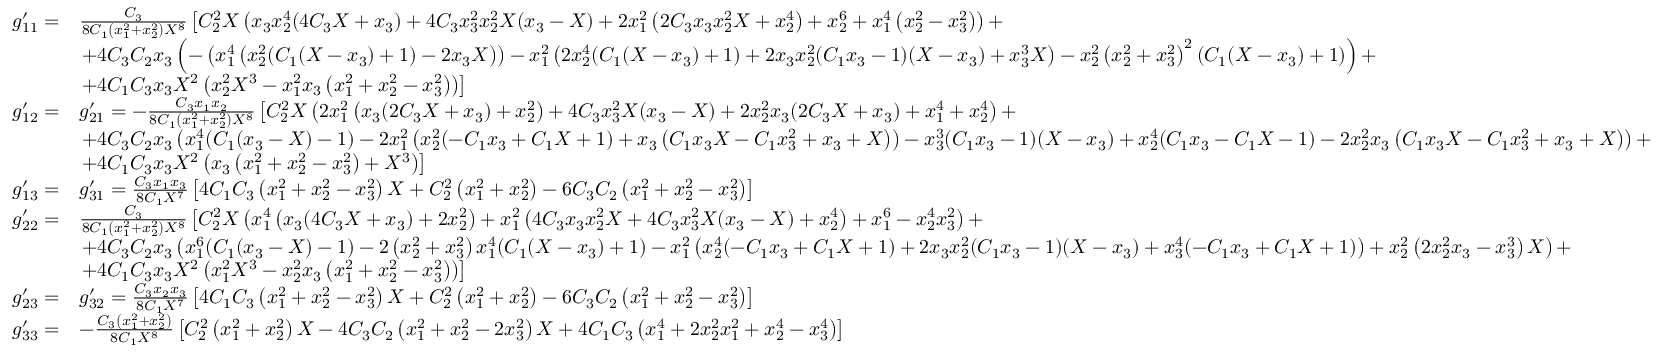
\begin{array} { r l } { g _ { 1 1 } ^ { \prime } = } & { \frac { C _ { 3 } } { 8 C _ { 1 } \left( x _ { 1 } ^ { 2 } + x _ { 2 } ^ { 2 } \right) X ^ { 8 } } \left[ C _ { 2 } ^ { 2 } X \left( x _ { 3 } x _ { 2 } ^ { 4 } ( 4 C _ { 3 } X + x _ { 3 } ) + 4 C _ { 3 } x _ { 3 } ^ { 2 } x _ { 2 } ^ { 2 } X ( x _ { 3 } - X ) + 2 x _ { 1 } ^ { 2 } \left( 2 C _ { 3 } x _ { 3 } x _ { 2 } ^ { 2 } X + x _ { 2 } ^ { 4 } \right) + x _ { 2 } ^ { 6 } + x _ { 1 } ^ { 4 } \left( x _ { 2 } ^ { 2 } - x _ { 3 } ^ { 2 } \right) \right) + \right. } \\ & { \left. + 4 C _ { 3 } C _ { 2 } x _ { 3 } \left( - \left( x _ { 1 } ^ { 4 } \left( x _ { 2 } ^ { 2 } ( C _ { 1 } ( X - x _ { 3 } ) + 1 ) - 2 x _ { 3 } X \right) \right) - x _ { 1 } ^ { 2 } \left( 2 x _ { 2 } ^ { 4 } ( C _ { 1 } ( X - x _ { 3 } ) + 1 ) + 2 x _ { 3 } x _ { 2 } ^ { 2 } ( C _ { 1 } x _ { 3 } - 1 ) ( X - x _ { 3 } ) + x _ { 3 } ^ { 3 } X \right) - x _ { 2 } ^ { 2 } \left( x _ { 2 } ^ { 2 } + x _ { 3 } ^ { 2 } \right) ^ { 2 } ( C _ { 1 } ( X - x _ { 3 } ) + 1 ) \right) + \right. } \\ & { \left. + 4 C _ { 1 } C _ { 3 } x _ { 3 } X ^ { 2 } \left( x _ { 2 } ^ { 2 } X ^ { 3 } - x _ { 1 } ^ { 2 } x _ { 3 } \left( x _ { 1 } ^ { 2 } + x _ { 2 } ^ { 2 } - x _ { 3 } ^ { 2 } \right) \right) \right] } \\ { g _ { 1 2 } ^ { \prime } = } & { g _ { 2 1 } ^ { \prime } = - \frac { C _ { 3 } x _ { 1 } x _ { 2 } } { 8 C _ { 1 } \left( x _ { 1 } ^ { 2 } + x _ { 2 } ^ { 2 } \right) X ^ { 8 } } \left[ C _ { 2 } ^ { 2 } X \left( 2 x _ { 1 } ^ { 2 } \left( x _ { 3 } ( 2 C _ { 3 } X + x _ { 3 } ) + x _ { 2 } ^ { 2 } \right) + 4 C _ { 3 } x _ { 3 } ^ { 2 } X ( x _ { 3 } - X ) + 2 x _ { 2 } ^ { 2 } x _ { 3 } ( 2 C _ { 3 } X + x _ { 3 } ) + x _ { 1 } ^ { 4 } + x _ { 2 } ^ { 4 } \right) + \right. } \\ & { \left. + 4 C _ { 3 } C _ { 2 } x _ { 3 } \left( x _ { 1 } ^ { 4 } ( C _ { 1 } ( x _ { 3 } - X ) - 1 ) - 2 x _ { 1 } ^ { 2 } \left( x _ { 2 } ^ { 2 } ( - C _ { 1 } x _ { 3 } + C _ { 1 } X + 1 ) + x _ { 3 } \left( C _ { 1 } x _ { 3 } X - C _ { 1 } x _ { 3 } ^ { 2 } + x _ { 3 } + X \right) \right) - x _ { 3 } ^ { 3 } ( C _ { 1 } x _ { 3 } - 1 ) ( X - x _ { 3 } ) + x _ { 2 } ^ { 4 } ( C _ { 1 } x _ { 3 } - C _ { 1 } X - 1 ) - 2 x _ { 2 } ^ { 2 } x _ { 3 } \left( C _ { 1 } x _ { 3 } X - C _ { 1 } x _ { 3 } ^ { 2 } + x _ { 3 } + X \right) \right) + \right. } \\ & { \left. + 4 C _ { 1 } C _ { 3 } x _ { 3 } X ^ { 2 } \left( x _ { 3 } \left( x _ { 1 } ^ { 2 } + x _ { 2 } ^ { 2 } - x _ { 3 } ^ { 2 } \right) + X ^ { 3 } \right) \right] } \\ { g _ { 1 3 } ^ { \prime } = } & { g _ { 3 1 } ^ { \prime } = \frac { C _ { 3 } x _ { 1 } x _ { 3 } } { 8 C _ { 1 } X ^ { 7 } } \left[ 4 C _ { 1 } C _ { 3 } \left( x _ { 1 } ^ { 2 } + x _ { 2 } ^ { 2 } - x _ { 3 } ^ { 2 } \right) X + C _ { 2 } ^ { 2 } \left( x _ { 1 } ^ { 2 } + x _ { 2 } ^ { 2 } \right) - 6 C _ { 3 } C _ { 2 } \left( x _ { 1 } ^ { 2 } + x _ { 2 } ^ { 2 } - x _ { 3 } ^ { 2 } \right) \right] } \\ { g _ { 2 2 } ^ { \prime } = } & { \frac { C _ { 3 } } { 8 C _ { 1 } \left( x _ { 1 } ^ { 2 } + x _ { 2 } ^ { 2 } \right) X ^ { 8 } } \left[ C _ { 2 } ^ { 2 } X \left( x _ { 1 } ^ { 4 } \left( x _ { 3 } ( 4 C _ { 3 } X + x _ { 3 } ) + 2 x _ { 2 } ^ { 2 } \right) + x _ { 1 } ^ { 2 } \left( 4 C _ { 3 } x _ { 3 } x _ { 2 } ^ { 2 } X + 4 C _ { 3 } x _ { 3 } ^ { 2 } X ( x _ { 3 } - X ) + x _ { 2 } ^ { 4 } \right) + x _ { 1 } ^ { 6 } - x _ { 2 } ^ { 4 } x _ { 3 } ^ { 2 } \right) + \right. } \\ & { \left. + 4 C _ { 3 } C _ { 2 } x _ { 3 } \left( x _ { 1 } ^ { 6 } ( C _ { 1 } ( x _ { 3 } - X ) - 1 ) - 2 \left( x _ { 2 } ^ { 2 } + x _ { 3 } ^ { 2 } \right) x _ { 1 } ^ { 4 } ( C _ { 1 } ( X - x _ { 3 } ) + 1 ) - x _ { 1 } ^ { 2 } \left( x _ { 2 } ^ { 4 } ( - C _ { 1 } x _ { 3 } + C _ { 1 } X + 1 ) + 2 x _ { 3 } x _ { 2 } ^ { 2 } ( C _ { 1 } x _ { 3 } - 1 ) ( X - x _ { 3 } ) + x _ { 3 } ^ { 4 } ( - C _ { 1 } x _ { 3 } + C _ { 1 } X + 1 ) \right) + x _ { 2 } ^ { 2 } \left( 2 x _ { 2 } ^ { 2 } x _ { 3 } - x _ { 3 } ^ { 3 } \right) X \right) + \right. } \\ & { \left. + 4 C _ { 1 } C _ { 3 } x _ { 3 } X ^ { 2 } \left( x _ { 1 } ^ { 2 } X ^ { 3 } - x _ { 2 } ^ { 2 } x _ { 3 } \left( x _ { 1 } ^ { 2 } + x _ { 2 } ^ { 2 } - x _ { 3 } ^ { 2 } \right) \right) \right] } \\ { g _ { 2 3 } ^ { \prime } = } & { g _ { 3 2 } ^ { \prime } = \frac { C _ { 3 } x _ { 2 } x _ { 3 } } { 8 C _ { 1 } X ^ { 7 } } \left[ 4 C _ { 1 } C _ { 3 } \left( x _ { 1 } ^ { 2 } + x _ { 2 } ^ { 2 } - x _ { 3 } ^ { 2 } \right) X + C _ { 2 } ^ { 2 } \left( x _ { 1 } ^ { 2 } + x _ { 2 } ^ { 2 } \right) - 6 C _ { 3 } C _ { 2 } \left( x _ { 1 } ^ { 2 } + x _ { 2 } ^ { 2 } - x _ { 3 } ^ { 2 } \right) \right] } \\ { g _ { 3 3 } ^ { \prime } = } & { - \frac { C _ { 3 } \left( x _ { 1 } ^ { 2 } + x _ { 2 } ^ { 2 } \right) } { 8 C _ { 1 } X ^ { 8 } } \left[ C _ { 2 } ^ { 2 } \left( x _ { 1 } ^ { 2 } + x _ { 2 } ^ { 2 } \right) X - 4 C _ { 3 } C _ { 2 } \left( x _ { 1 } ^ { 2 } + x _ { 2 } ^ { 2 } - 2 x _ { 3 } ^ { 2 } \right) X + 4 C _ { 1 } C _ { 3 } \left( x _ { 1 } ^ { 4 } + 2 x _ { 2 } ^ { 2 } x _ { 1 } ^ { 2 } + x _ { 2 } ^ { 4 } - x _ { 3 } ^ { 4 } \right) \right] } \end{array}